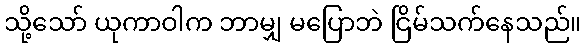
သို့သော် ယုကာဝါက ဘာမျှ မပြောဘဲ ငြိမ်သက်နေသည်။